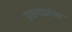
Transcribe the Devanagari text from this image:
उत्तमप्रदेश